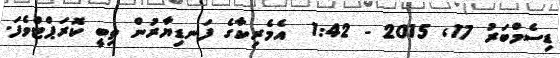
ޑިސެމްބަރު 17